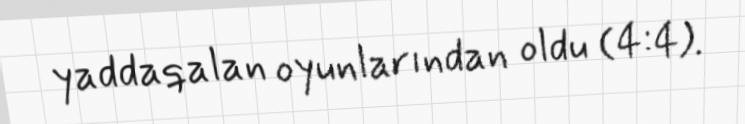
yaddaqalan oyunlarından oldu (4:4).